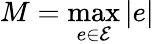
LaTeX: M=\operatorname*{max}_{e\in\mathcal{E}}|e|